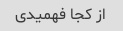
از کجا فهمیدی